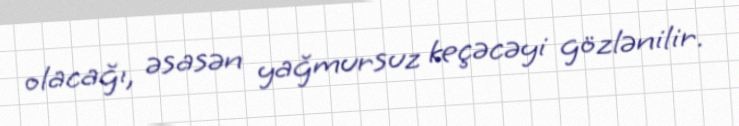
olacağı, əsasən yağmursuz keçəcəyi gözlənilir.